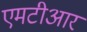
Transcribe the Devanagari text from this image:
एमटीआर